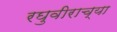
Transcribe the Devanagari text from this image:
रघुवीराच्या